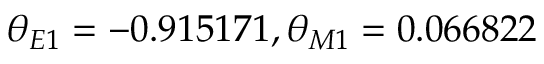
\theta _ { E 1 } = - 0 . 9 1 5 1 7 1 , \theta _ { M 1 } = 0 . 0 6 6 8 2 2